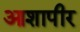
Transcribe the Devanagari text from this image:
आशापीर